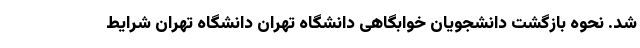
شد. نحوه بازگشت دانشجویان خوابگاهی دانشگاه تهران دانشگاه تهران شرایط